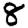
Digit: 8